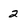
Character: 2